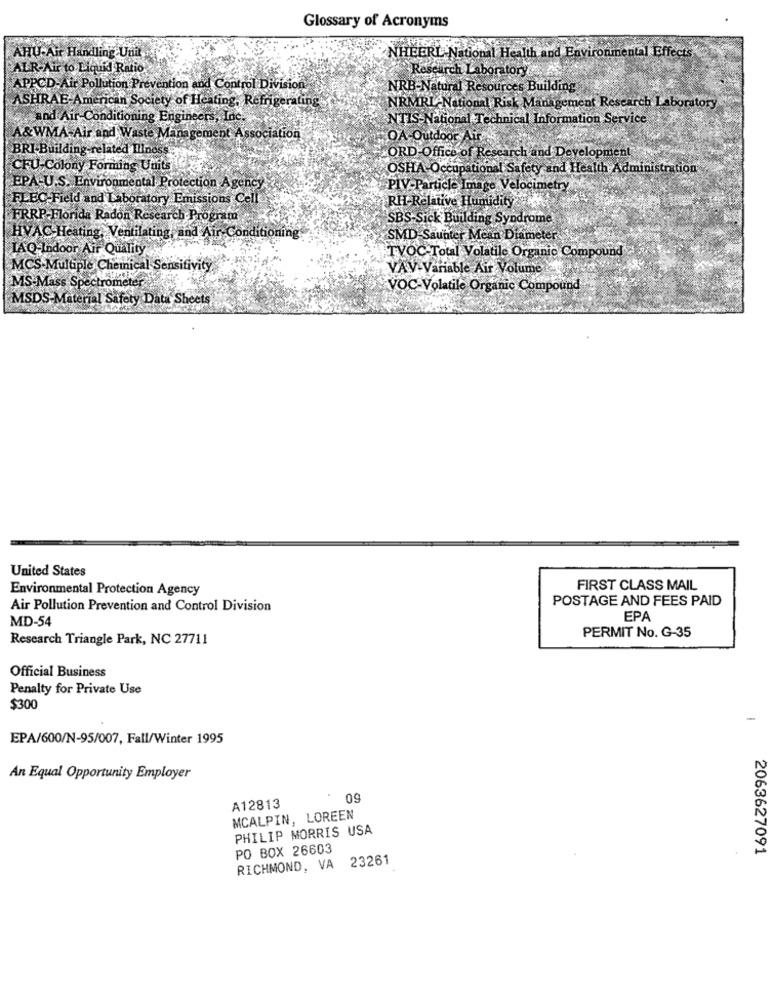
Glossary of Acronyms
AHU-Air Handling Unit
NHEERL-National Health and Environmental Effects
ALR-Air to Liquid Ratio
Research Laboratory
APPCD-Air Pollution Prevention and Control Division
NRB-Natural Resources Building
ASHRAE-American Society of Heating, Refrigerating
NRMRI-National Risk Management Research Laboratory
and Air-Conditioning Engineers, Inc.
NTIS-National Technical Information Service
A&WMA-Air and Waste Management Association
OA-Outdoor Air
BRI-Building-related Ilinoss
ORD-Office of Research and Development
CFU-Colony Forming Units
OSHA-Occupational Safety and Health Administration
EPA-U.S. Environmental Protection Agency
PIV-Particle Image Velocimetry
FLEC-Field and Laboratory Emissions Cell
RH-Relative Humidity
FRRP-Florida Radon Research Program
SBS-Sick Building Syndrome
HVAC-Heating, Ventilating, and Air Condit
SMD Saunter Mean Diameter
TAQ-Indoor Air Quality
TVOC-Total Volatile Organic Compound
MCS.Multiple Chemical Sensitivity
VAV-Variable Ait Volume
MS-Mass Spectrometer
VOC-Volatile Organic Compound
MSDS-Material Safety Data Sheets
United States
Environmental Protection Agency
FIRST CLASS MAIL
POSTAGE AND FEES PAID
Air Pollution Prevention and Control Division
MD-54
EPA
Research Triangle Park, NC 27711
PERMIT No. G-35
Official Business
Penalty for Private Use
$300
-
EPA/600/N-95/007, Fall/Winter 1995
An Equal Opportunity Employer
09
A12813
MCALPIN, LOREEN
PHILIP MORRIS USA
PO BOX 26603
2063627091
RICHMOND, VA 23261